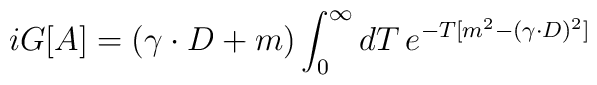
iG[A]=(\gamma\cdot D+m)\int_0^\infty dT\,e^{-T[m^2-(\gamma\cdot D)^2]}